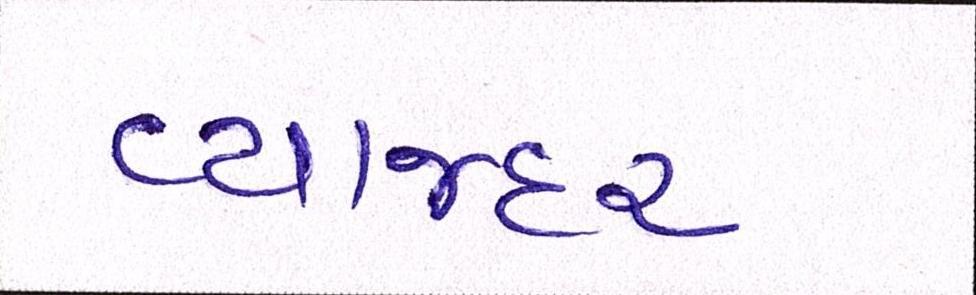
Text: વ્યાજદર